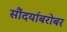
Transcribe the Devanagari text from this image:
सौंदर्याबरोबर